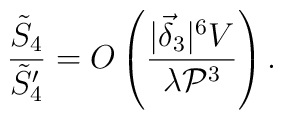
\frac{\tilde{S}_4}{\tilde{S}_4'} = O \left( \frac{|\vec{\delta}_3|^6 V}{\lambda {\cal P}^3}\right) .